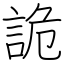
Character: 詭